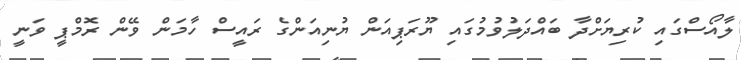
ލާއޯސްގައި ކުރިޔަށްދާ ބައްދަލުވުމުގައި ޔޫރަޕިއަން ޔުނިއަންގެ ރައީސް ހާމަން ވޭން ރޮމްޕީ ވަނީ